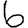
Digit: 6